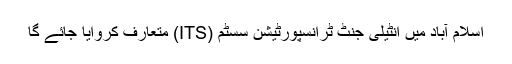
اسلام آباد میں انٹیلی جنٹ ٹرانسپورٹیشن سسٹم (ITS) متعارف کروایا جائے گا